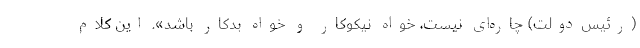
(رئیس‌دولت) چاره‌ای نیست، خواه نیکو‌کار و خواه بدکار باشد». این کلام